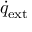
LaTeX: { \dot { q } } _ { \mathrm { e x t } }